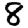
Digit: 8